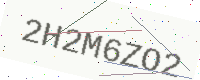
Text: 2H2M6ZO2